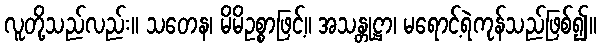
လူတို့သည်လည်း။ သတေန၊ မိမိဥစ္စာဖြင့်။ အသန္တုဋ္ဌာ၊ မရောင့်ရဲကုန်သည်ဖြစ်၍။